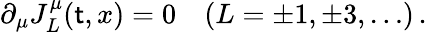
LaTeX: \partial_{\mu}J_{L}^{\mu}(\mathsf{t},x)=0\quad(L=\pm1,\pm3,\dots)\, .